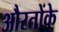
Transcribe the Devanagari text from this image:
औरतोंके